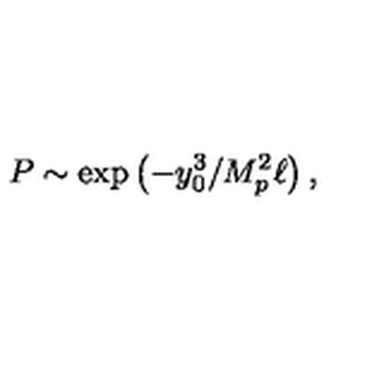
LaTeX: P \sim \exp \left( - y _ { 0 } ^ { 3 } / M _ { p } ^ { 2 } \ell \right) ,